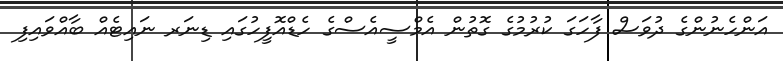
އަންހެނުންގެ ދުވަސް ފާހަގަ ކުރުމުގެ ގޮތުން އެމްސީއެސްގެ ހެޑްއޮފީހުގައި ޑިނަރ ނައިޓެއް ބާއްވައިފި